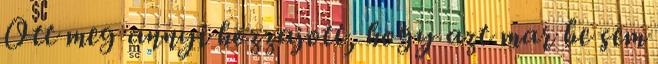
Ott meg annyi hozzajott, hogy azt mar be sem